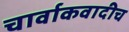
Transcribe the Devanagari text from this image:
चार्वाकवादीच